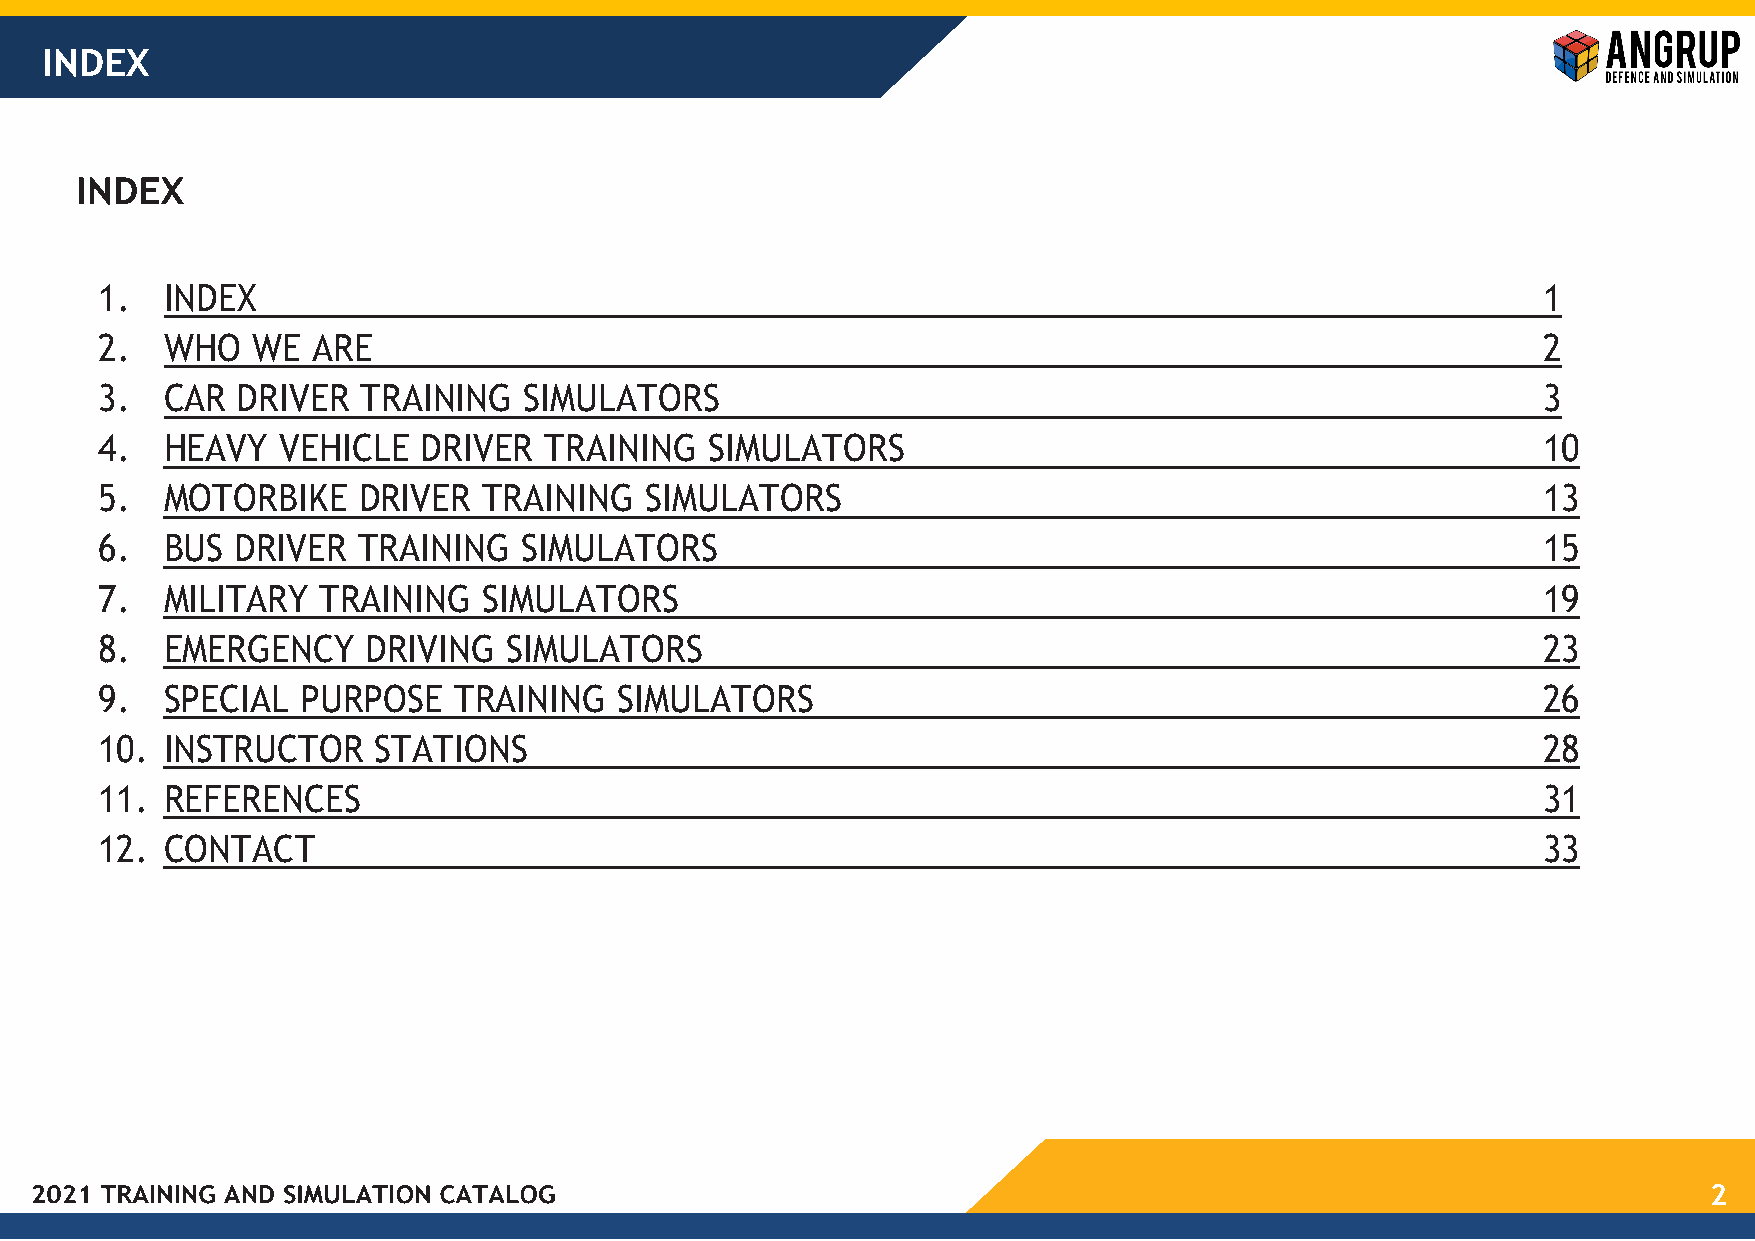
INDEX
 1.   INDEX                                                                                      1
 2.   WHO   WE  ARE                                                                              2
 3.   CAR  DRIVER  TRAINING   SIMULATORS                                                         3
 4.   HEAVY  VEHICLE   DRIVER  TRAINING   SIMULATORS                                             10
 5.   MOTORBIKE    DRIVER  TRAINING   SIMULATORS                                                 13
 6.   BUS  DRIVER  TRAINING  SIMULATORS                                                          15
 7.   MILITARY  TRAINING   SIMULATORS                                                            19
 8.   EMERGENCY    DRIVING   SIMULATORS                                                          23
 9.   SPECIAL  PURPOSE   TRAINING   SIMULATORS                                                   26
 10.  INSTRUCTOR    STATIONS                                                                     28
 11.  REFERENCES                                                                                 31
 12.  CONTACT                                                                                    33
 2